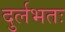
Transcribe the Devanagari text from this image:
दुर्लभतः